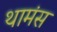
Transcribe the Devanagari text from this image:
थामंस